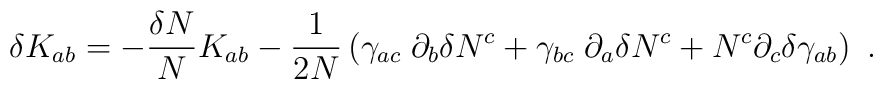
\delta K_{ab} = -{\delta N\over N} K_{ab} -{1\over 2N} \left(\gamma_{ac}\;\partial_b\delta N^c+ \gamma_{bc}\;\partial_a\delta N^c +N^c\partial_c\delta\gamma_{ab}\right)\ .